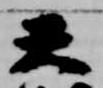
天